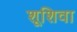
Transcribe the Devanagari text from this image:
शूशिवा